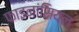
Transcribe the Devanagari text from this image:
फाइनांसियल